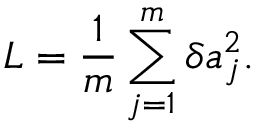
L = \frac { 1 } { m } \sum _ { j = 1 } ^ { m } \delta a _ { j } ^ { 2 } .